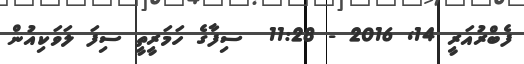
ފެބްރުއަރީ 14